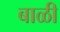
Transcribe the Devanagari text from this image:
बाळी